Report on horse surra - Volume I
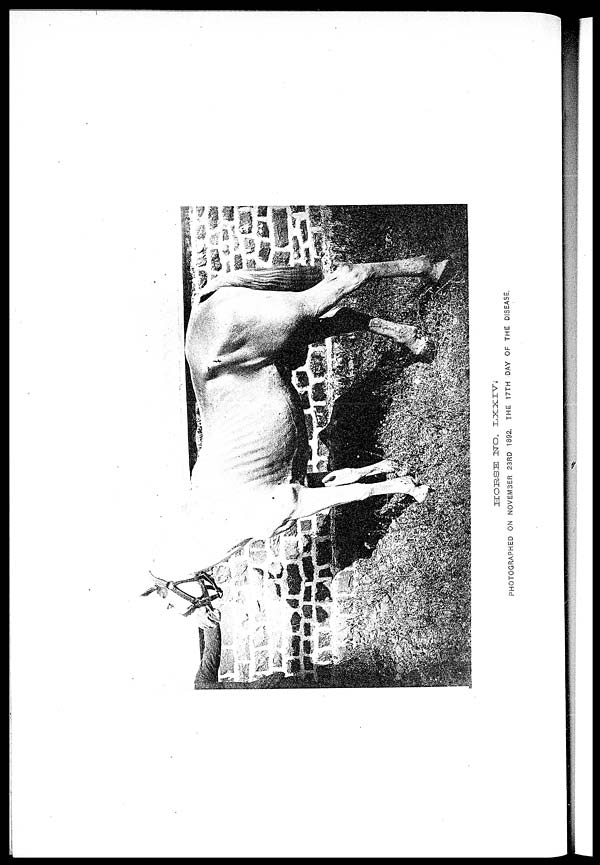
HORSE
NO. LXXIV.
PHOTOGRAPHED ON NOVEMBER 23RD 1892. THE 17TH DAY OF THE DISEASE.